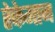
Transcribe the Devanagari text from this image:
रेकेमान